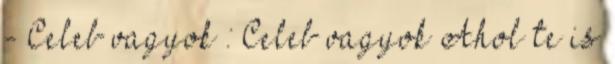
- Celeb vagyok : Celeb vagyok Ahol te is